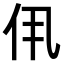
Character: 𫢐